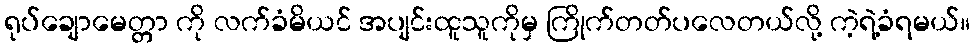
ရုပ်ချောမေတ္တာ ကို လက်ခံမိယင် အပျင်းထူသူကိုမှ ကြိုက်တတ်ပလေတယ်လို့ ကဲ့ရဲ့ခံရမယ်။